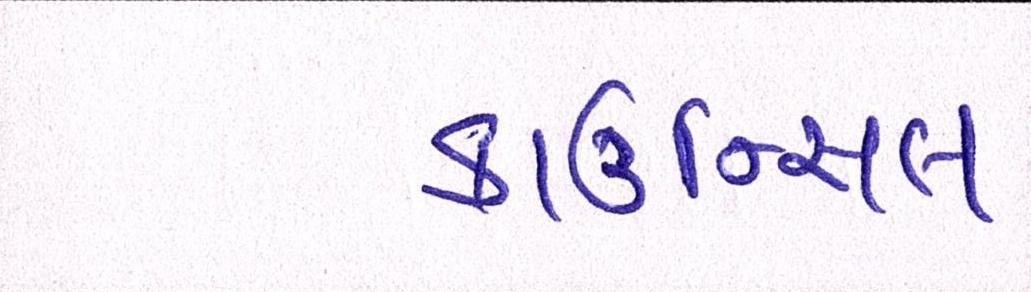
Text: કાઉન્સિલ